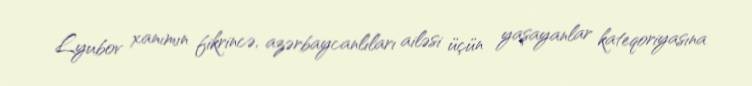
Lyubov xanımın fikrincə, azərbaycanlıları ailəsi üçün yaşayanlar kateqoriyasına